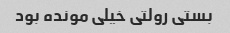
بستی رولتی خیلی مونده بود